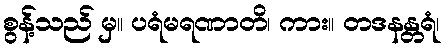
စွန့်သည် မှ။ ပရံမရဏာတိ၊ ကား။ တဒနန္တရံ၊